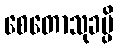
စေတောသုခမ္ပိ